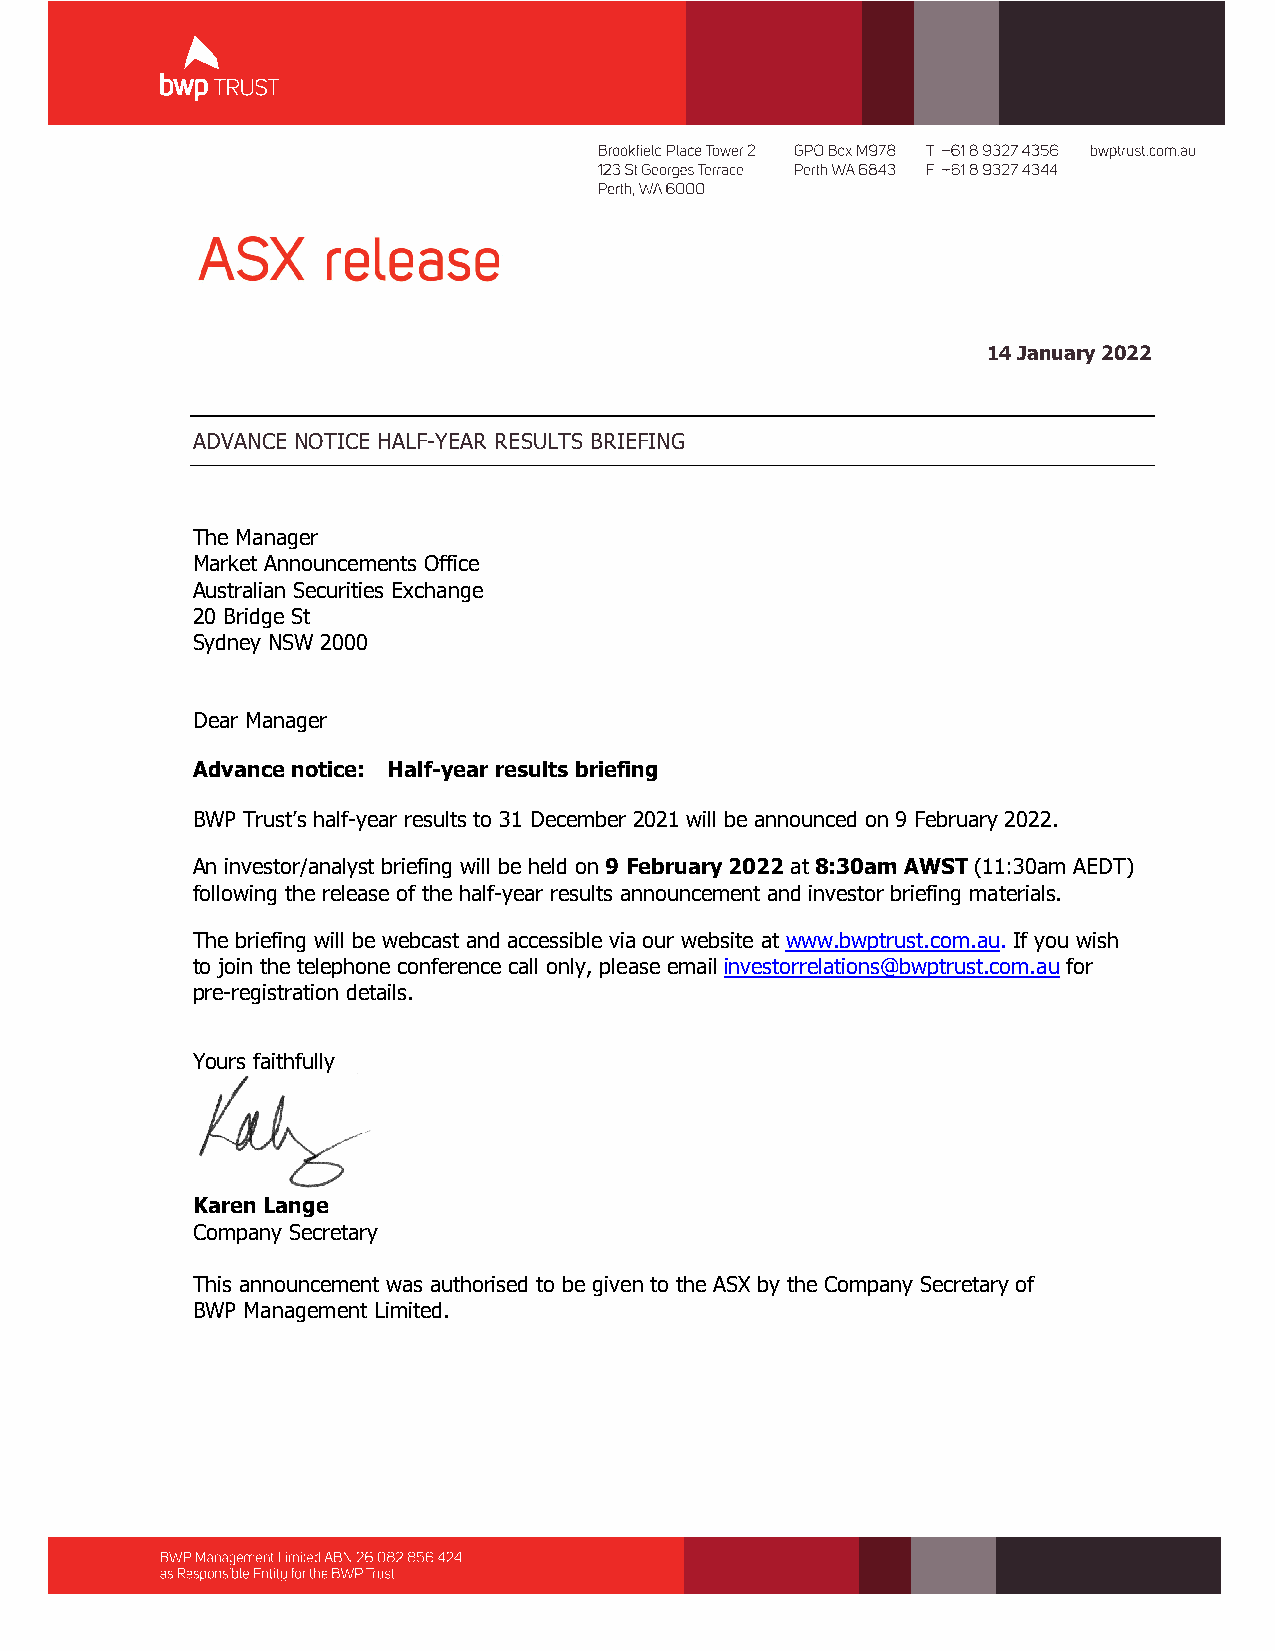
14 January 2022
 ADVANCE NOTICE HALF-YEAR RESULTS BRIEFING
 The Manager
 Market Announcements Office
 Australian Securities Exchange
 20 Bridge St
 Sydney NSW 2000
 Dear Manager
 Advance notice: Half-year results briefing
 BWP Trust’s half-year results to 31 December 2021 will be announced on 9 February 2022.
 An investor/analyst briefing will be held on 9 February 2022 at 8:30am AWST (11:30am AEDT)
 following the release of the half-year results announcement and investor briefing materials.
 The briefing will be webcast and accessible via our website at www.bwptrust.com.au. If you wish
 to join the telephone conference call only, please email investorrelations@bwptrust.com.au for
 pre-registration details.
 Yours faithfully
 Karen Lange
 Company Secretary
 This announcement was authorised to be given to the ASX by the Company Secretary of
 BWP Management Limited.